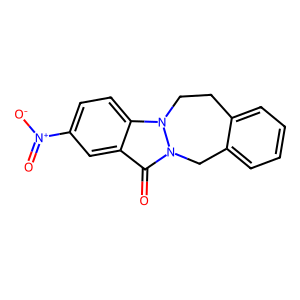
SMILES: O=c1c2cc([N+](=O)[O-])ccc2n2n1Cc1ccccc1CC2
Inhibits HIV replication: No